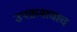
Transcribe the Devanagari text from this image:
उपक्रमाचाच